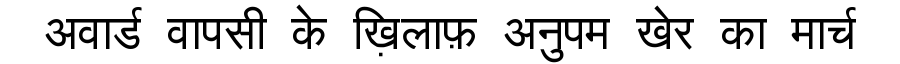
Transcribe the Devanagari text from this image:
अवार्ड वापसी के ख़िलाफ़ अनुपम खेर का मार्च